Sketch of the medical history of the native army of Bombay, for the year
Year: 1875
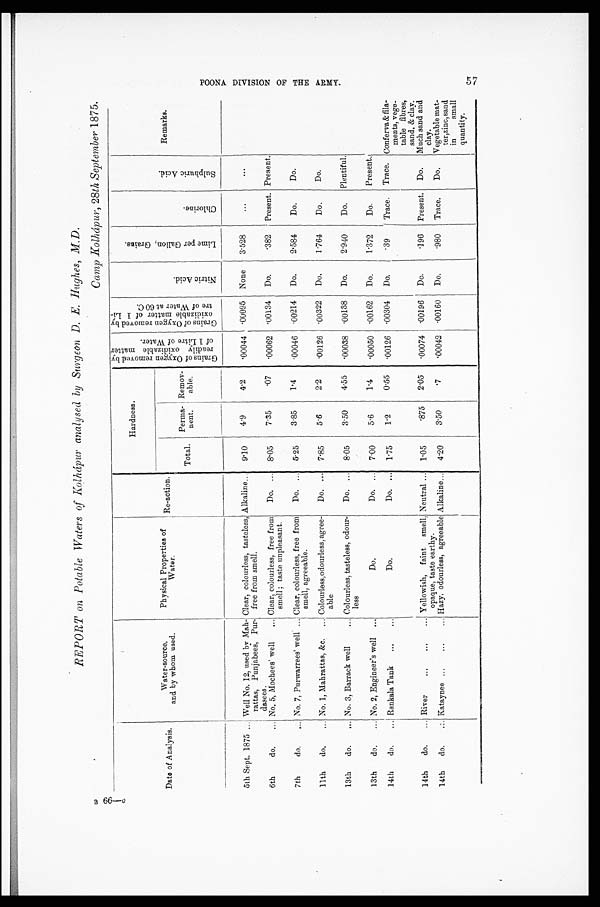
B 66—0
REPORT on Potable Waters of Kolh ápur analysed by Surgeon D. E. Hughes, M.D.
Date of Analysis.
Water-source,
and by whom used.
Physical Properties of
Water.
Re-action.
Hardness.
G r a i n g o f O x y g e n r e m o v e d b y r e a d i l i t y o x i d i n z a b l e m a t t e r o f I L i t r e o f w a t e r .
G r a i n s o f O x y g e n r e m o v e d b y o x i d i z a b l e m a t t e r o f I L i - t r e o f w a t e r a t 6 0 C .
Ni t r i c Ac i d.
L i m e p e r G a l l o n , g r a i n s .
Chl or i ne.
S u l p h u r i c A c i d .
Remarks.
Total.
Perma-
nent.
Remov-
able.
5th Sept. 1875 ... Well No. 12, used by Mah-
rattas, Punjabees, Pur-
dasees.
Clear, colourless, tasteless,
free from smell.
Alkaline...
9.10
4.9
4.2
.00044
.00095 None
3.528
. . .
. . .
6th
do.
. . . No. 5, Mochees' well
... Clear, colourless, free from
smell ; taste unpleasant.
Do. ...
8.05
7.35
. 0 7 .00062
.00134 Do.
.382
Present. Present •
7th
do.
... No. 7, Purwarrees' well ... Clear, colourless, free from
smell, agreeable.
Do. ...
5. 25
3.85
1.4
.00046
.00214
Do.
2.584
Do.
Do.
11th
do.
... No, 1, Mahrattas, &c.„. Colourless, odourless, agree-
able
Do. ...
7.85
5.6
2.2
.00126
.00322
Do,
1.764
Do.
Do.
13th
do.
... No. 3, Barrack well
... Colourless, tasteless, odour-
less
Do.
8.05
3.50
4.55
.00038
.00138 Do.
2.940
Do.
Plentiful.
13th
do.
... No. 2, Engineer's well ...
Do.
Do. ...
7.00
5.6
1.4
.00050
.00162 Do.
1.372
Do.
Present.
14th
do.
. . . Rankala Tank
...
. . .
Do.
Do. ...
1.75
1.2
0.55
.00126
.00304
Do.
.39
Trace. Trace. Conferva &fila -
ments, vege -
table fibres,
sand, & clay.
14th
do.
... River
...
...
... Yellowish, faint smell,
opaque, taste earthy.
Neutral ... 1.05
. 8 7 5
2.05
.00074
.00196 Do.
.196
Present. Do.
Much sand and
clay.
14th
do.
... Kataynee ...
... ... Hazy, odourless, agreeable Alkaline...
4.20
3.50
. 7 .00042
.00160 Do.
.980
Trace.
Do.
Vegetable mat-
ter, zinc, sand
in small
quantity.
P O O N A D I V I S I O N O F T H E A R M Y .
57